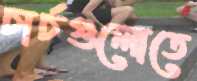
চার্চগুলোতে